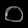
Digit: ၀